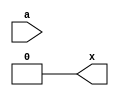
module not_1 (a,x);
input a;
output x;

assign x = 1'b0;

endmodule